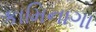
કામિનાગા